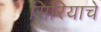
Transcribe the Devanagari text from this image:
सिरियाचे